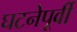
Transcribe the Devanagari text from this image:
घटनेपूर्वी